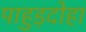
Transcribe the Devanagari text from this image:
पाहुड़दोहा